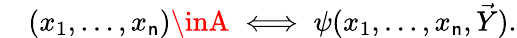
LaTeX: \quad(x_{1},\ldots,x_{\mathsf{n}})\inA\iff\psi(x_{1},\ldots,x_{\mathsf{n}},{\vec{{Y}}}).